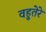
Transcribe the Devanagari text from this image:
वहुतेरे